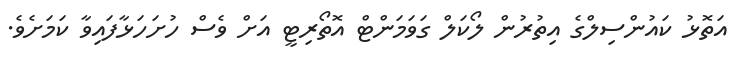
އަތޮޅު ކައުންސިލްގެ އިތުރުން ލޯކަލް ގަވަމަންޓް އޮތޯރިޓީ އަށް ވެސް ހުށަހަޅާފައިވާ ކަމަށެވެ.